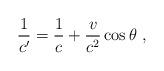
LaTeX: \begin{align*} \frac{1}{c'} = \frac{1}{c} + \frac{v}{c^2} \cos{\theta}~,\end{align*}